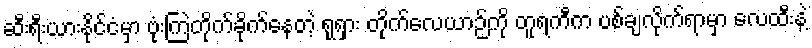
ဆီးရီးယားနိုင်ငံမှာ ဗုံးကြဲတိုက်ခိုက်နေတဲ့ ရုရှား တိုက်လေယာဉ်ကို တူရကီက ပစ်ချလိုက်ရာမှာ လေထီးနဲ့